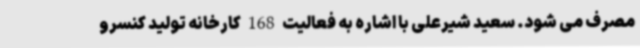
مصرف می شود. سعید شیرعلی با اشاره به فعالیت 168 کارخانه تولید کنسرو